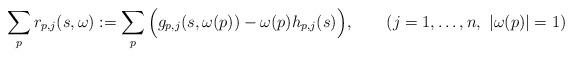
LaTeX: \begin{align*}\sum_p r_{p,j}(s,\omega):=\sum_p \Big(g_{p,j}(s,\omega(p)) - \omega(p)h_{p,j}(s)\Big),\qquad(j=1,\ldots,n,\ |\omega(p)|=1)\end{align*}